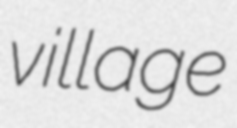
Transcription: village